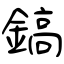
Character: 鎬